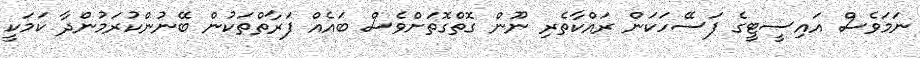
ނަމަވެސް އައިސީޓީގެ ފަސޭހަކަން ރައްކާތެރި ނޫން ގޮތްގޮތަށްވެސް ބައެއް ފަރާތްތަކުން ބޭނުންކުރަމުންދާ ކަމަކީ